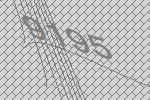
9195